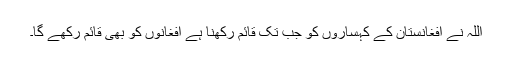
اللہ نے افغانستان کے کہساروں کو جب تک قائم رکھنا ہے افغانوں کو بھی قائم رکھے گا۔